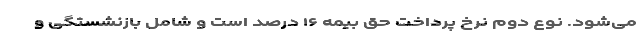
می‌شود. نوع دوم نرخ پرداخت حق بیمه ۱۶ درصد است و شامل بازنشستگی و